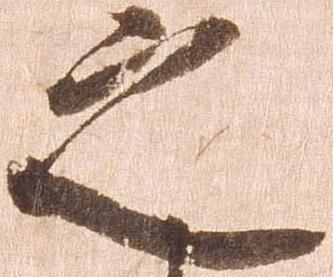
之